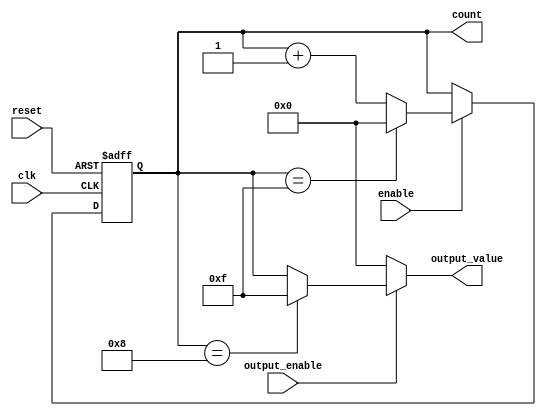
module synchronous_counter (
    input wire clk,                  // Clock input
    input wire reset,                // Asynchronous reset
    input wire enable,               // Enable input
    input wire output_enable,        // Output enable control
    output reg [3:0] count,          // 4-bit counter register
    output reg [3:0] output_value     // Output value based on conditional output logic
);

    // Parameter for the maximum count value
    parameter MAX_COUNT = 4'b1111;   // Maximum count value (15)

    always @(posedge clk or posedge reset) begin
        if (reset) begin
            count <= 4'b0000;         // Reset counter to 0
        end else if (enable) begin
            if (count == MAX_COUNT) begin
                count <= 4'b0000;     // Wrap around to 0
            end else begin
                count <= count + 1;   // Increment the counter
            end
        end
    end

    // Output control logic
    always @(*) begin
        if (output_enable) begin
            // Conditional output logic example: 
            // Output special value when count reaches 8
            if (count == 4'b1000) begin
                output_value = 4'b1111; // Example: output 15 when count is 8
            end else begin
                output_value = count;    // Output the current count
            end
        end else begin
            output_value = 4'b0000;     // When output is disabled, output is 0
        end
    end

endmodule